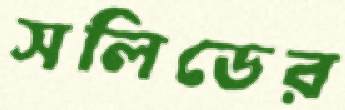
সলিডের